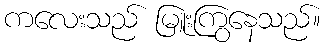
ကလေးသည် မြူးကြွနေသည်။